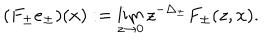
( F _ { \pm } e _ { \pm } ) ( x ) : = \lim _ { z \to 0 } z ^ { - \Delta _ { \pm } } F _ { \pm } ( z , x ) .